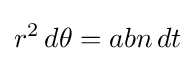
r^{2}\,d\theta =abn\,dt